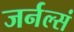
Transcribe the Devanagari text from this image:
जर्नल्सं